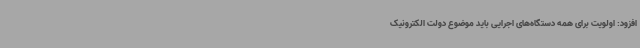
افزود: اولویت برای همه دستگاه‌های اجرایی باید موضوع دولت الکترونیک